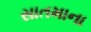
સાતમાના